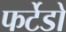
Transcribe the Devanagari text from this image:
फर्टेडो